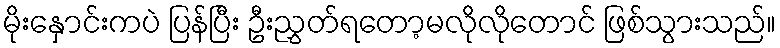
မိုးနှောင်းကပဲ ပြန်ပြီး ဦးညွှတ်ရတော့မလိုလိုတောင် ဖြစ်သွားသည်။